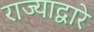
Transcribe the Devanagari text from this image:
राज्याद्वारे